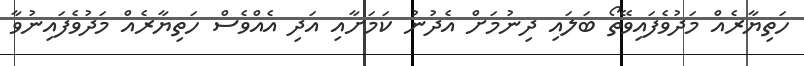
ހަތިޔާރެއް މަދުވެފައިވޭތޯ ބަލައި ދިނުމަށް އެދުނު ކަމަށާއި އަދި އެއްވެސް ހަތިޔާރެއް މަދުވެފައިނުވާ